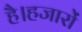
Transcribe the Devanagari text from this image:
है।हजारों